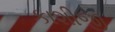
કાશીજી